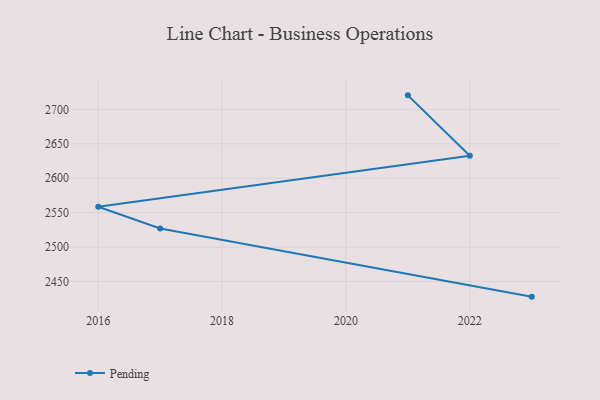
{"axis": {"x": "Year", "y": "Market Share (%)"}, "legend": ["Pending"], "data": [{"x": "2023", "y": 2428.1, "type": "Pending"}, {"x": "2017", "y": 2527.0, "type": "Pending"}, {"x": "2016", "y": 2558.6, "type": "Pending"}, {"x": "2022", "y": 2632.6, "type": "Pending"}, {"x": "2021", "y": 2720.3, "type": "Pending"}]}